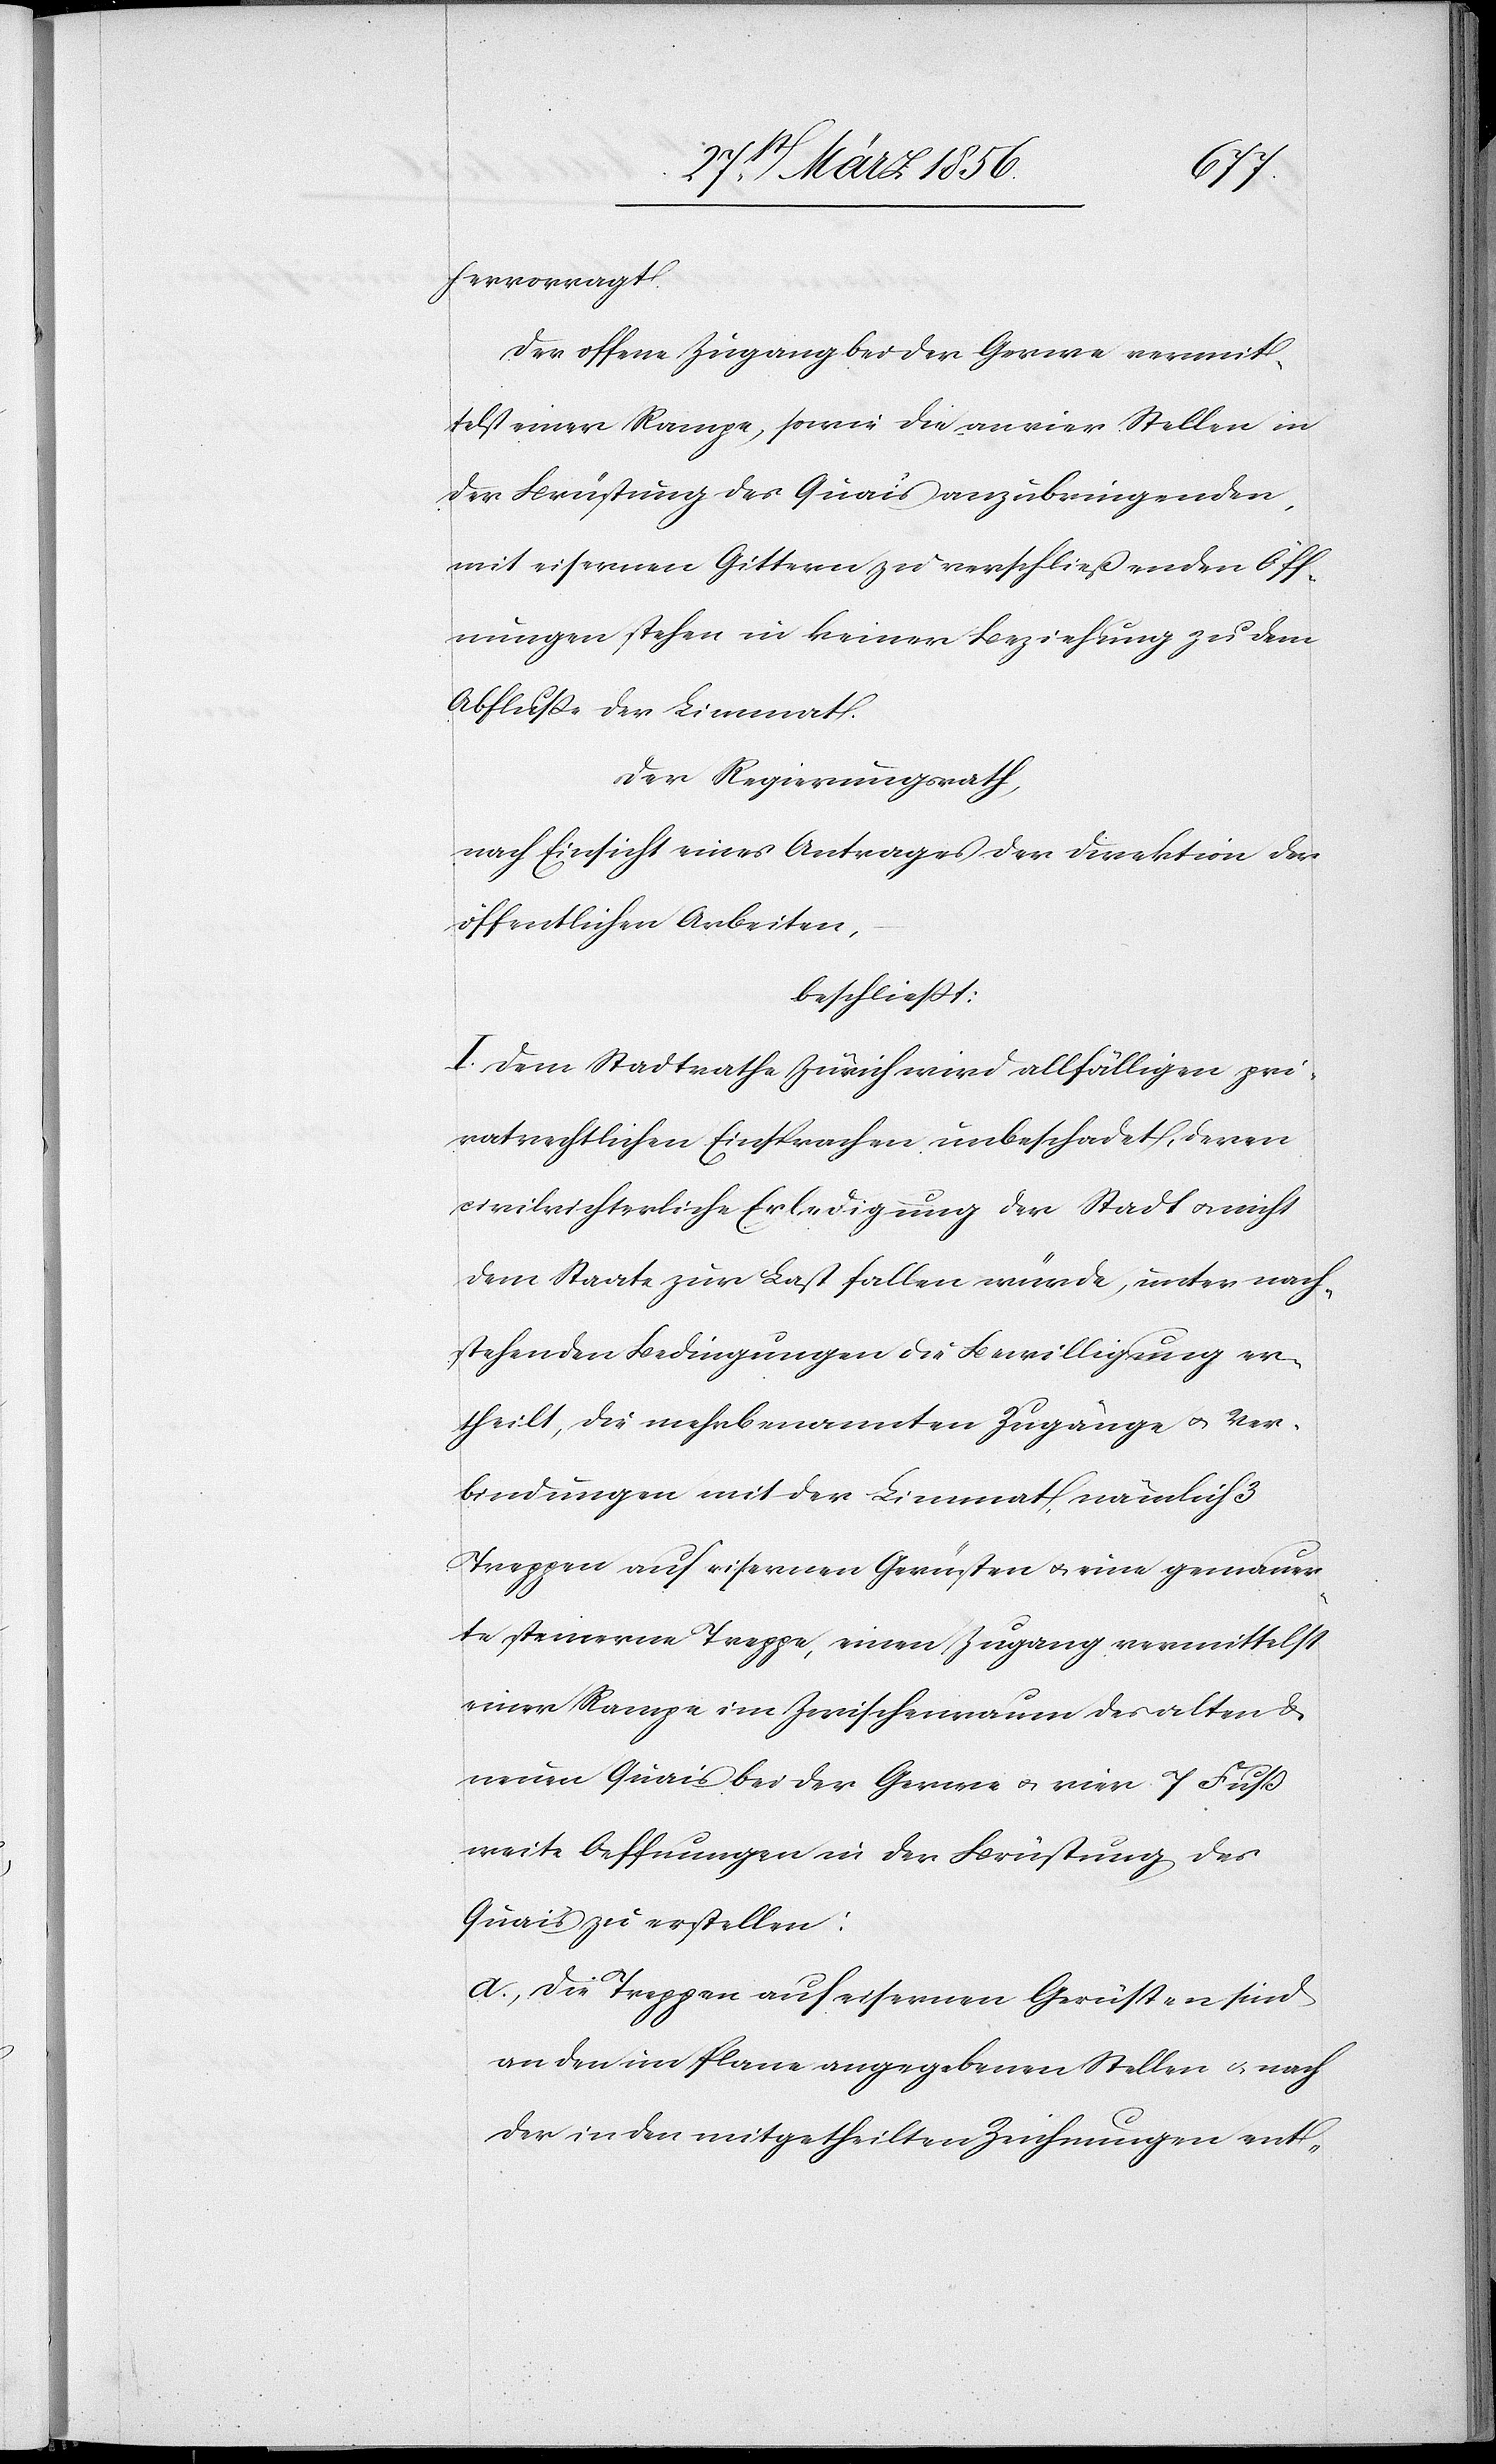
hervorragt.
Der offene Zugang bei der Gerwe vermit¬
telst einer Rampe, sowie die an vier Stellen in
der Brüstung des Quais anzubringenden,
mit eisernen Gittern zu verschließenden Öff¬
nungen stehen in keiner Beziehung zu dem
Abfluße der Limmat.
Der Regierungsrath,
nach Einsicht eines Antrages der Direktion der
öffentlichen Arbeiten,
beschließt:
I. Dem Stadtrathe Zürich wird allfälligen pri¬
vatrechtlichen Einsprachen unbeschadet, deren
civilrichterliche Erledigung der Stadt u. nicht
dem Staate zur Last fallen würde, unter nach¬
stehenden Bedingungen die Bewilligung er¬
theilt, die mehrbenannten Zugänge u. Ver¬
bindungen mit der Limmat, nämlich 3
Treppen auf eisernen Gerüsten u. eine gemauer¬
te steinerne Treppe, einen Zugang vermittelst
einer Rampe im Zwischenraum des alten &
neuen Quais bei der Gerwe u. vier 7 Fuß
weite Oeffnungen in der Brüstung des
Quais zu erstellen:
a., die Treppen auf eisernen Gerüsten sind
an den im Plane angegebenen Stellen u. nach
der in den mitgetheilten Zeichnungen ent-